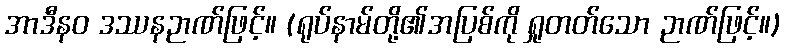
အာဒီနဝ ဒဿနဉာဏ်ဖြင့်။ (ရုပ်နာမ်တို့၏အပြစ်ကို ရှုတတ်သော ဉာဏ်ဖြင့်။)